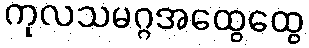
ကုလသမဂ္ဂအထွေထွေ